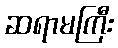
ဆရာမကြီး